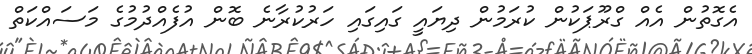
އެގޮތުން އެއް ގްރޫޕަކުން ކުރަމުން ދިޔައީ ގައިގައި ހަރުކުރާނެ ބޮން އުފެއްދުމުގެ މަސައްކަތް